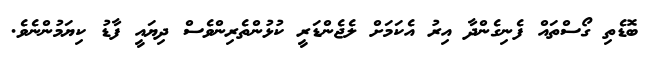
ބޮޑެތި ގޯސްތައް ފެނިގެންދާ އިރު އެކަމަށް ލެޖެންޑަރީ ކުޅުންތެރިންވެސް ދިޔައީ ފާޑު ކިޔަމުންނެވެ.